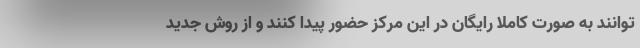
توانند به صورت کاملا رایگان در این مرکز حضور پیدا کنند و از روش جدید